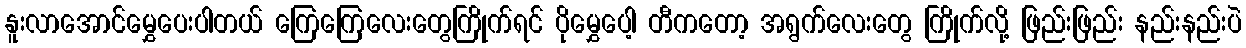
နူးလာအောင်မွှေပေးပါတယ် ကြေကြေလေးတွေကြိုက်ရင် ပိုမွှေပေါ့ တီကတော့ အရွက်လေးတွေ ကြိုက်လို့ ဖြည်းဖြည်း နည်းနည်းပဲ